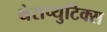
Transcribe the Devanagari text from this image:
थेराप्युटिक्स